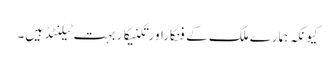
کیونکہ ہمارے ملک کے فنکاراورتکنیکاربہت ٹیلنٹڈ ہیں۔